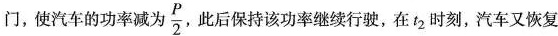
门，使汽车的功率减为\frac{P}{2}此后保持该功率继续行驶，在t_{2}时刻，汽车又恢复